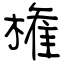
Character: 権